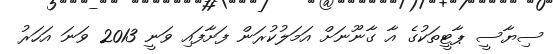
ސިޔާސީ ޕާޓީތަކުގެ އާ ގާނޫނަށް އަމަލުކުރަން ފަށާފައި ވަނީ 2013 ވަނަ އަހަރު